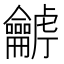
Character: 𪛍